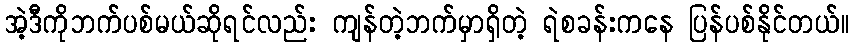
အဲ့ဒီကိုဘက်ပစ်မယ်ဆိုရင်လည်း ကျန်တဲ့ဘက်မှာရှိတဲ့ ရဲစခန်းကနေ ပြန်ပစ်နိုင်တယ်။